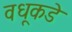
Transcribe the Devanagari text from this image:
वधूकडे